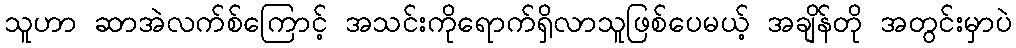
သူဟာ ဆာအဲလက်စ်ကြောင့် အသင်းကိုရောက်ရှိလာသူဖြစ်ပေမယ့် အချိန်တို အတွင်းမှာပဲ